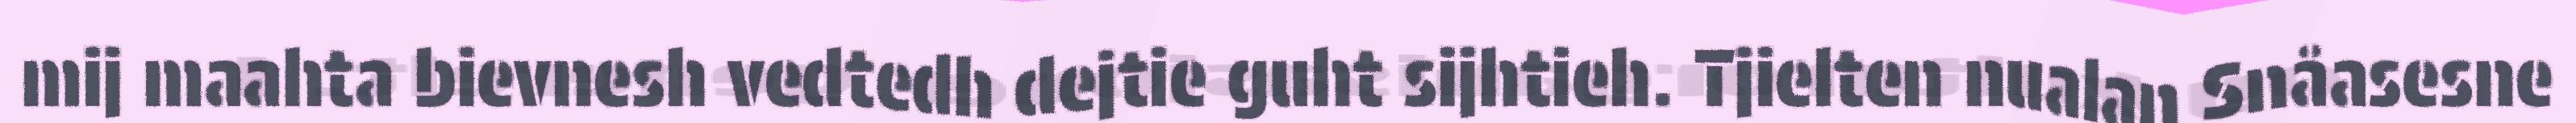
mij maahta bievnesh vedtedh dejtie guht sijhtieh. Tjielten nualan Snåasesne